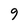
Character: 9